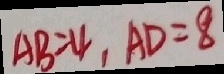
A B = 4 , A D = 8